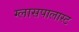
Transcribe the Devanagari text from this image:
ग्लासपालास्ट